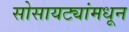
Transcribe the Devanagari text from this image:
सोसायट्यांमधून